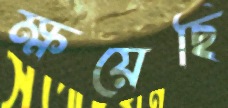
ক্ষয়েছি